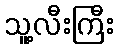
သူ့လီးကြီး